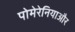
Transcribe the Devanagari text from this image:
पोमेरेनियाऔर